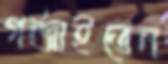
গর্‌জাইতেন